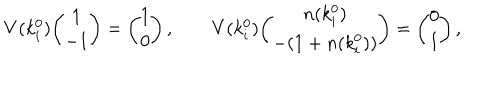
V ( k _ { i } ^ { 0 } ) { \binom { 1 } { - 1 } } = { \binom { 1 } { 0 } } \, , \qquad V ( k _ { i } ^ { 0 } ) { \binom { n ( k _ { i } ^ { 0 } ) } { - ( 1 + n ( k _ { i } ^ { 0 } ) ) } } = { \binom { 0 } { 1 } } \, ,